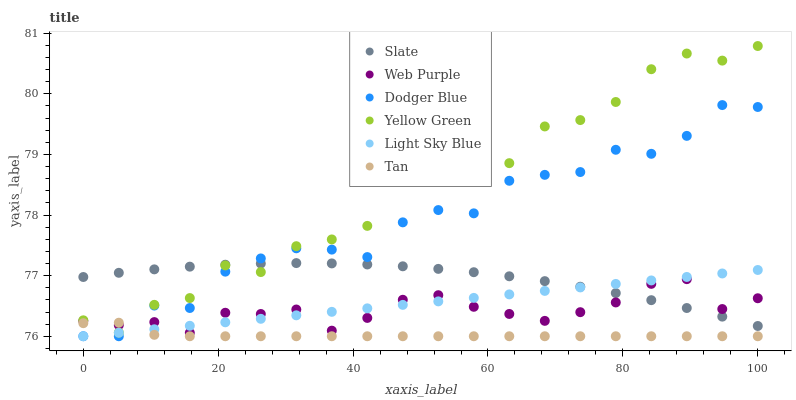
| xaxis_label | Slate | Web Purple | Dodger Blue | Yellow Green | Light Sky Blue | Tan |
 | --- | --- | --- | --- | --- | --- | --- |
 | 0 | 77 | 76.3 | 76 | 76.3 | 76 | 76.2 |
 | 5.26 | 77 | 76.2 | 76 | 76.1 | 76.1 | 76.2 |
 | 10.5 | 77.1 | 76.2 | 76.5 | 76.5 | 76.1 | 76 |
 | 15.8 | 77.1 | 76.1 | 76.5 | 76.6 | 76.2 | 76 |
 | 21.1 | 77.2 | 76.4 | 77.1 | 77.2 | 76.2 | 76 |
 | 26.3 | 77.2 | 76.4 | 77.3 | 77.1 | 76.3 | 76 |
 | 31.6 | 77.2 | 76.4 | 77.5 | 77.5 | 76.3 | 76 |
 | 36.8 | 77.2 | 76.1 | 77.4 | 77.6 | 76.4 | 76 |
 | 42.1 | 77.2 | 76.3 | 77.3 | 77.8 | 76.5 | 76 |
 | 47.4 | 77.2 | 76.6 | 77.9 | 78.6 | 76.5 | 76 |
 | 52.6 | 77.1 | 76.7 | 78.1 | 78.9 | 76.6 | 76 |
 | 57.9 | 77.1 | 76.5 | 78 | 79.1 | 76.6 | 76 |
 | 63.2 | 77 | 76.4 | 78.6 | 78.9 | 76.7 | 76 |
 | 68.4 | 76.9 | 76.3 | 78.7 | 79.5 | 76.7 | 76 |
 | 73.7 | 76.8 | 76.4 | 78.7 | 79.6 | 76.8 | 76 |
 | 78.9 | 76.7 | 76.6 | 79.1 | 79.9 | 76.9 | 76 |
 | 84.2 | 76.6 | 76.9 | 79 | 80.4 | 76.9 | 76 |
 | 89.5 | 76.5 | 76.9 | 79.3 | 80.7 | 77 | 76 |
 | 94.7 | 76.3 | 76.4 | 79.8 | 80.5 | 77 | 76 |
 | 100 | 76.2 | 76.6 | 79.8 | 80.8 | 77.1 | 76 |